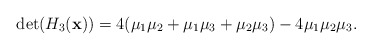
\begin{align*} \det(H_3(\mathbf{x})) = 4(\mu_1 \mu_2 + \mu_1 \mu_3 + \mu_2 \mu_3) - 4 \mu_1 \mu_2 \mu_3. \end{align*}